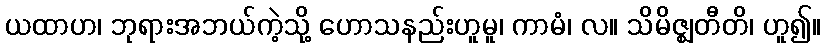
ယထာဟ၊ ဘုရားအဘယ်ကဲ့သို့ ဟောသနည်းဟူမူ၊ ကာမံ၊ လ။ သိမိဇ္ဈတီတိ၊ ဟူ၍။